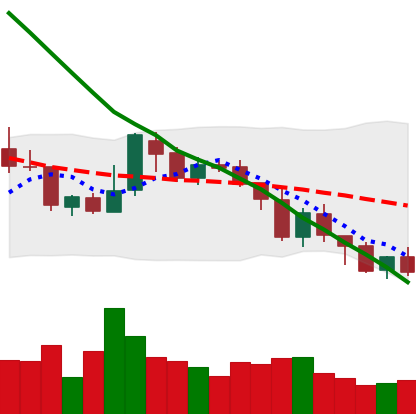
Ticker: XMR-USD
Chart end date: 2018-08-06
Forward return: -17.549%
Label: down_7plus